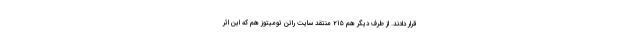
قرار دادند. از طرف دیگر هم ۲۱۵ منتقد سایت راتن تومیتوز هم که این اثر